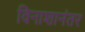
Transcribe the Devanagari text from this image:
विनाशानंतर